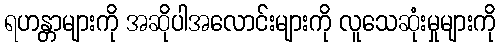
ရဟန္တာများကို အဆိုပါအလောင်းများကို လူသေဆုံးမှုများကို